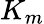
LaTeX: K_{m}